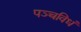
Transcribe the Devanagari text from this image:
पञ्चविधं